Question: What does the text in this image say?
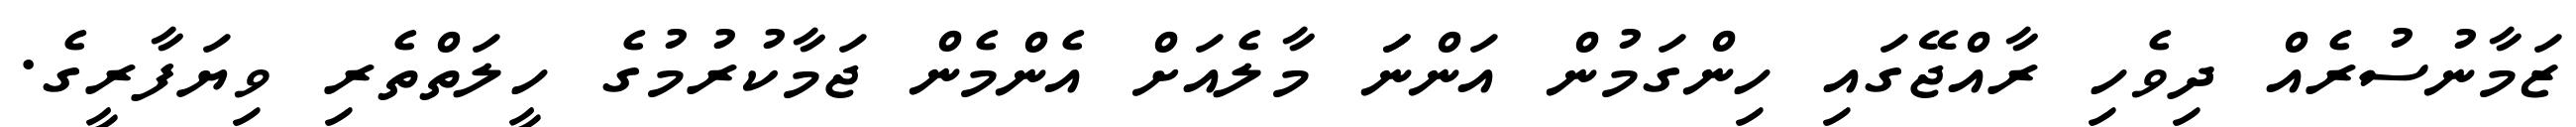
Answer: ޒަމާނުސުރެއް ދިވެހި ރާއްޖޭގައި ހިންގަމުން އަންނަަ މާލެއަށް އެންމެން ޖަމާކުރުމުގެ ހީލަތްތެރި ވިޔަފާރީގެ.